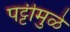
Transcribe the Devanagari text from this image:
पट्टीमुळे